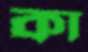
কা